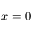
x = 0